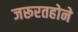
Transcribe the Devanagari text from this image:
जरूरतहोने